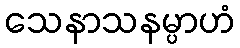
သေနာသနမ္ပာဟံ